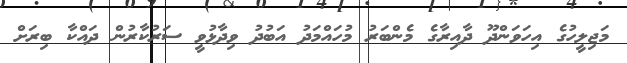
މަޖިލީހުގެ އިހަވަންދޫ ދާއިރާގެ މެންބަރު މުހައްމަދު އަބުދު ވިދާޅުވީ ސަރުކާރުން ދައްކާ ބިރަށް